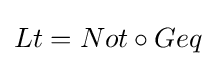
Lt=Not\circ Geq